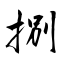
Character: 捌